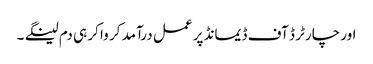
اور چارٹر ڈ آف ڈیمانڈ پر عمل درآمد کر وا کر ہی دم لینگے ۔